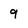
Character: 9